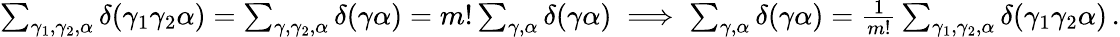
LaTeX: \begin{array}{r}{\sum_{\gamma_{1},\gamma_{2},\alpha}\delta(\gamma_{1}\gamma_{2}\alpha)=\sum_{\gamma,\gamma_{2},\alpha}\delta(\gamma\alpha)=m!\sum_{\gamma,\alpha}\delta(\gamma\alpha)\implies\sum_{\gamma,\alpha}\delta(\gamma\alpha)=\frac{1}{m!}\sum_{\gamma_{1},\gamma_{2},\alpha}\delta(\gamma_{1}\gamma_{2}\alpha)\, .}\end{array}